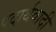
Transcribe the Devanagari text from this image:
पदार्थवादी